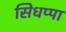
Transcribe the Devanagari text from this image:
सिधप्पा